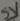
Text: 5V